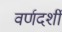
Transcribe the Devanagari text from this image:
वर्णदर्शी